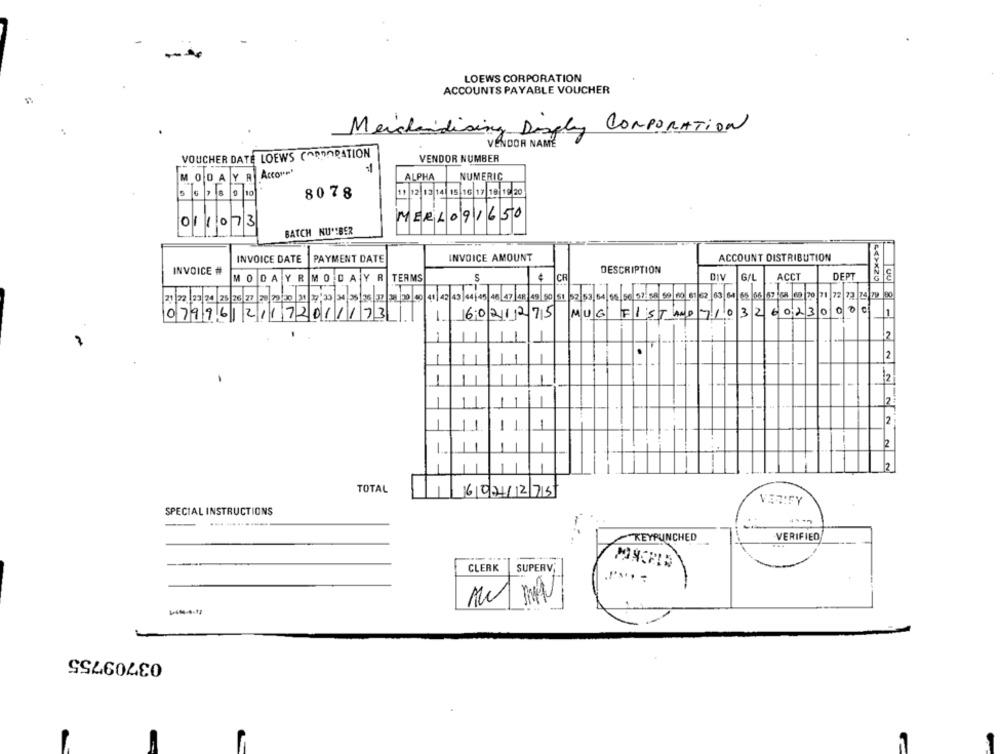
LOEWS CORPORATION
ACCOUNTS PAYABLE VOUCHER
Merchandising Dosgly Corporation
VENDOR NAME
VOUCHER DATE LOEWS CORPORATION
VENDOR NUMBER
Accore'
-1
M
ODA
Y
ALPHA
NUMERIC
7 8
10
8078
11 12 13 14 15 16 17 18 18 20
MERLO91650
011073
BATCH NU'BER
INVOICE AMOUNT
ACCOUNT DISTRIBUTION
INVOICE DATE
PAYMENT DATE
INVOICE #
DESCRIPTION
MODAYR MODAYR
TERMS
S
CR
DIV
GIL
ACCT
DEPT
72 7
74 29 90
0 03 22 20.00 1 -2 43/04/05/40 47 28 19 50 51 2 53,84/ 88,50 57:4 80 80 8 2 03 01 65 06 67 (8 69 20 |1|
07996121172011173
6021275 MUG FISTAND710
32
6023
1
2
2
12
-
2
2
12
TOTAL
6021275
VERIFY
SPECIAL INSTRUCTIONS
VERIFIED
KEYPUNCHED
CLERK
SUPERV;
MIT MAN
03709755